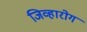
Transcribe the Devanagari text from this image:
जिव्हारोग